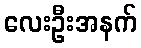
လေးဦးအနက်